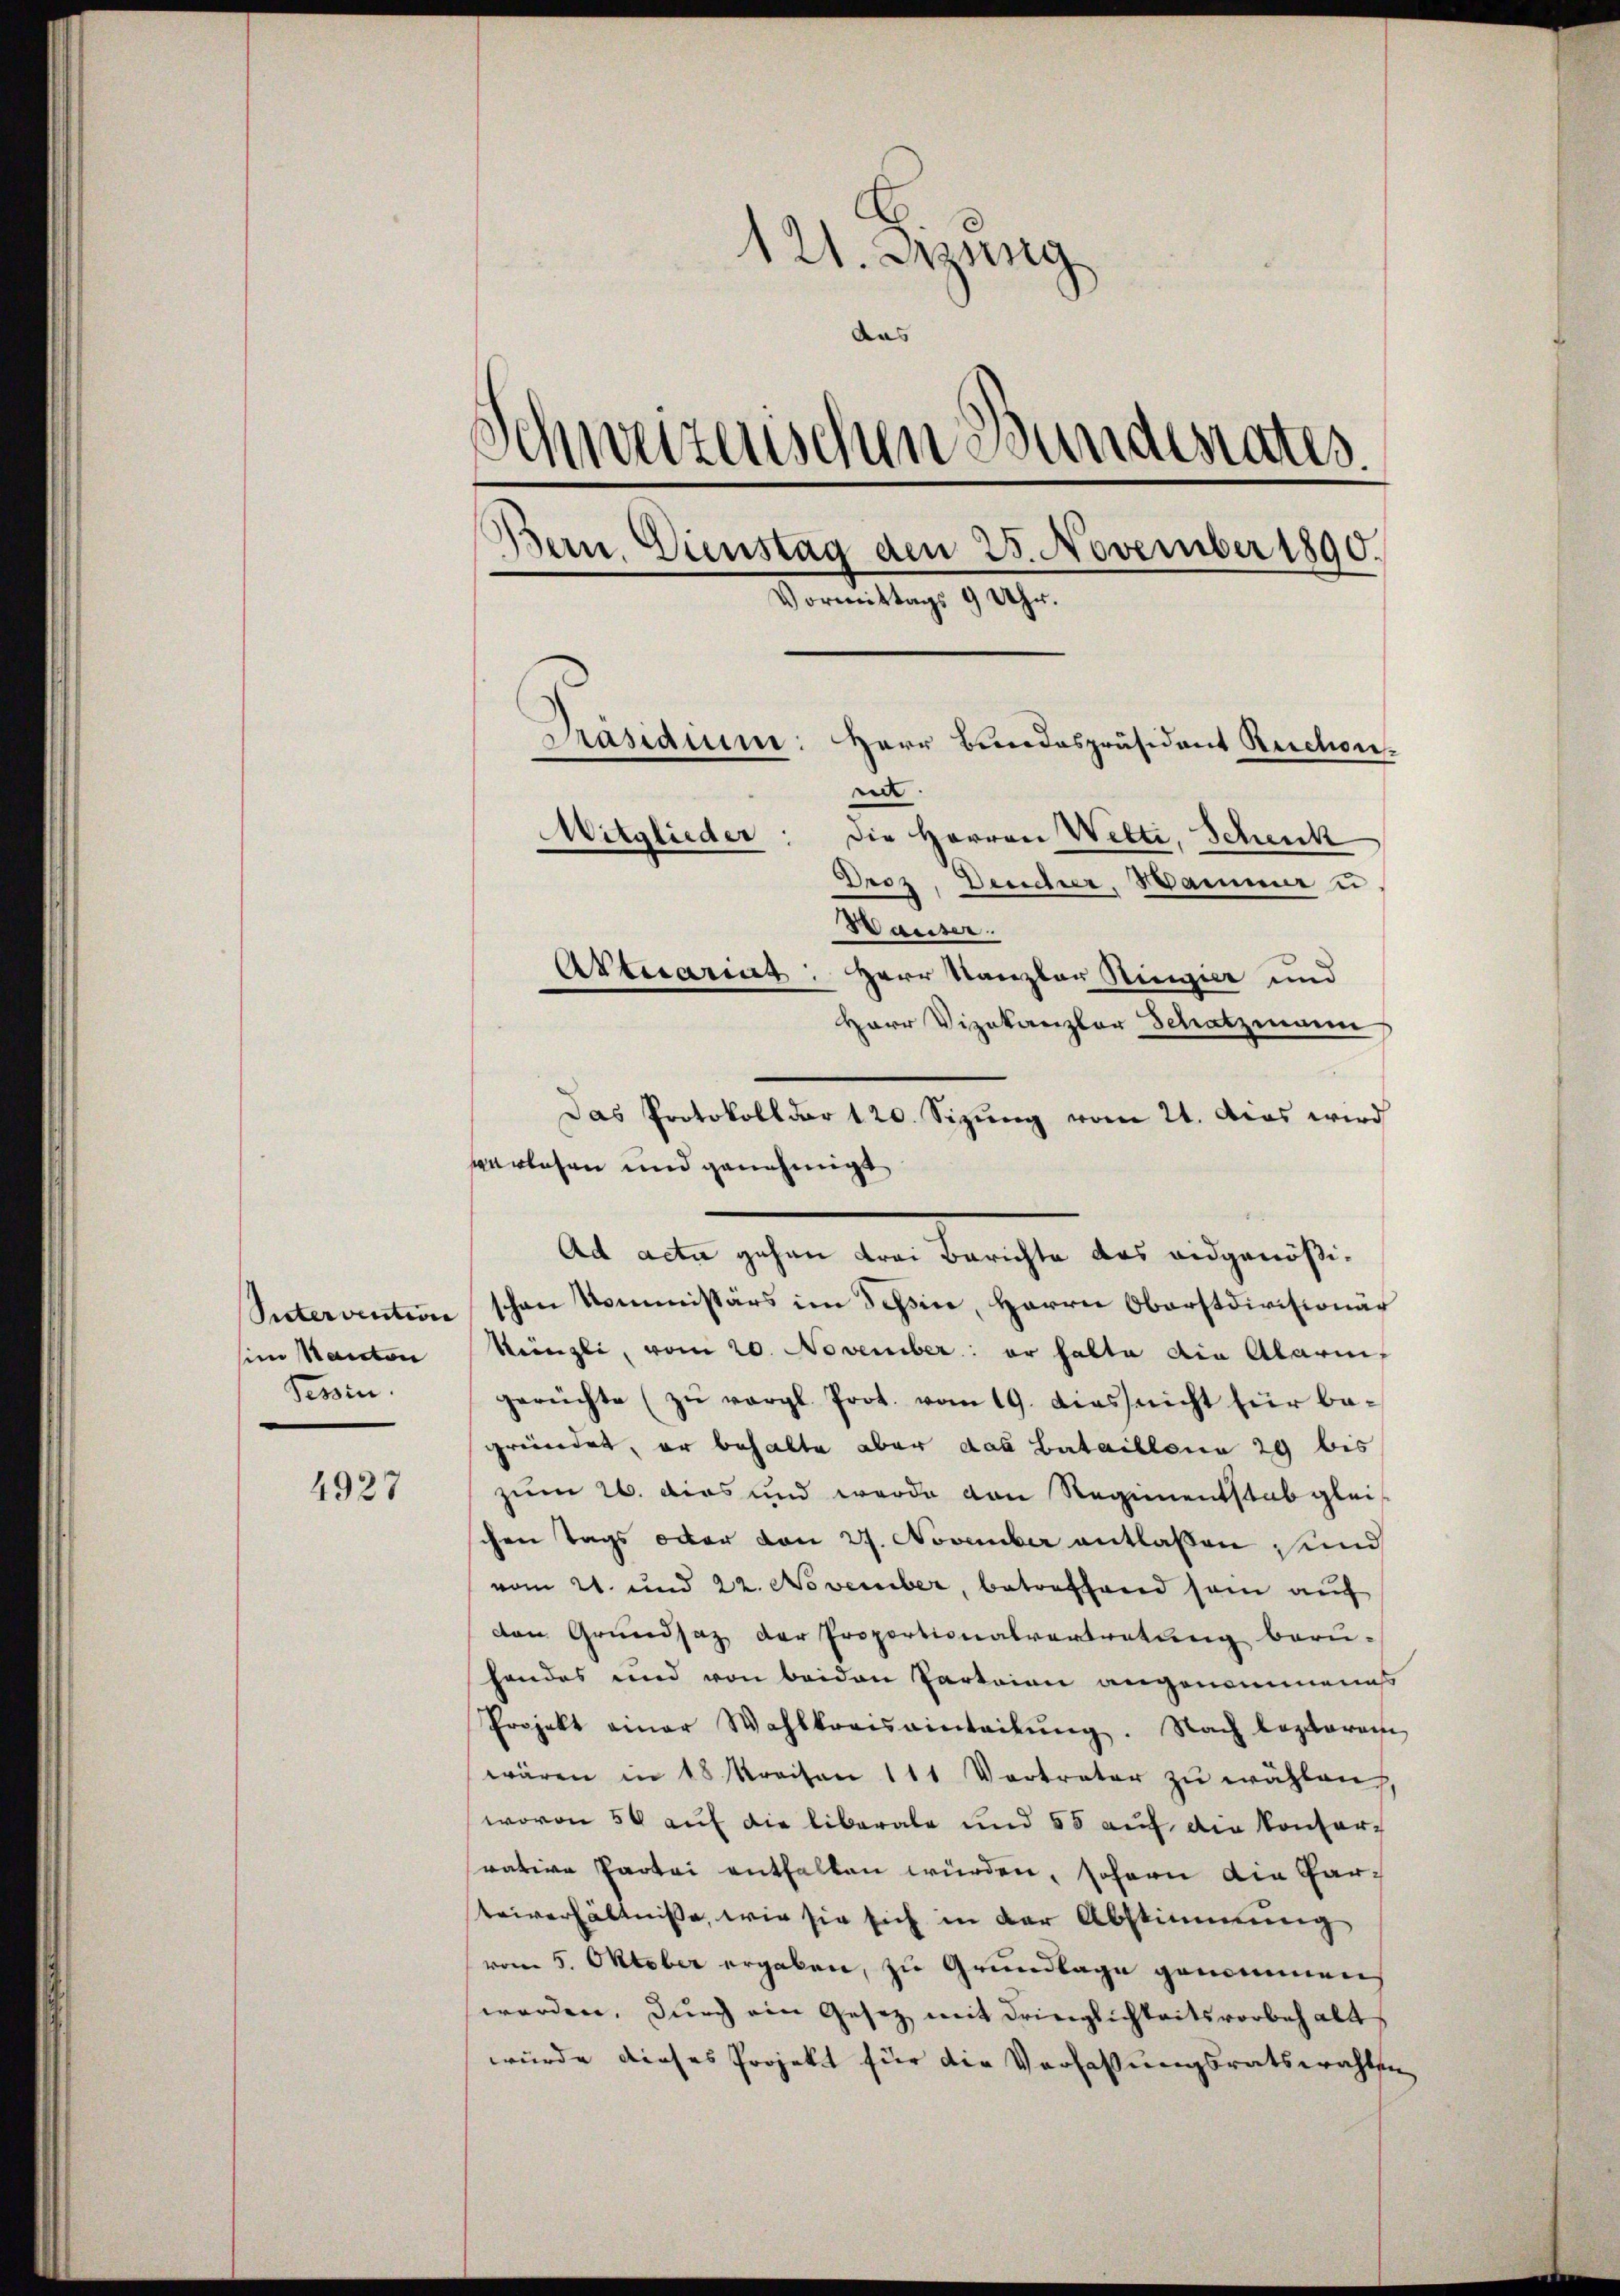
Ristervention
im Kanton
Tessin.

4927

121. Jung
das
Schweizerischen Bundesrates.
Bern. Dienstag den 25. November 1890.
Vormittags 9 Uhr.
Prasaim:
Herr Bundespräsident Rechen
en.
Mitglieder: die Herren Wetti, Schenk
Droz, Deucher, Hammer u
Hauser.
Actuariat.
Herr Kanzler Ringier und

Herr Vizekanzler Schatzmann
werlichen und genehmigt
Ad acta gehen Krei Berichte das eidgenößischen Kommissärs im Teßin, Herrn Oberstdivisionär
Künzli, vom 20. November: er halte die Alarii,
gerüchte (zŭ vergl. Prot. vom 19. dies nicht für be-
gründet, er behalte aber das Bataillona 29 bis
zum 26. dies und werde von Regimentstab glei
schen Tags oder den 27. November entlassen und
vom 21. und 22. November, betreffend sein auf
den Grundsaz der Proportionalvertretung beru-
handes und von beiden Parteien angenommenes
Projekt einer Wahlkreisainteilŭng. Nach lezteren
wären in 18 raison 111 Vertreter zŭ wählen,
wovon 50 auf die liberale und 55 auf die Kontorvative Partei enthalten würden, sofern die Garteiverhältniße, wie sie sich in der Abstimmung
vom 5. Oktober ergaben, zu Grundlage genommen
werden. Durch ein Gesetz mit dringlichkeitsvorbehalt
würde dieses Projekt für die Verfaßungsratswahlen

Das Protokoll der 120. Sizung vom 21. Das wird